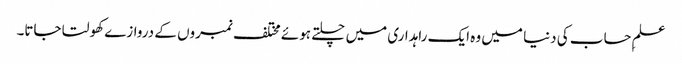
علمِ حساب کی دنیا میں وہ ایک راہداری میں چلتے ہوئے مختلف نمبروں کے دروازے کھولتا جاتا۔